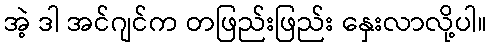
အဲ့ ဒါ အင်ဂျင်က တဖြည်းဖြည်း နှေးလာလို့ပါ။